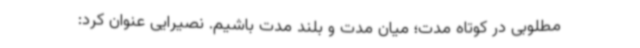
مطلوبی در کوتاه مدت؛ میان مدت و بلند مدت باشیم. نصیرایی عنوان کرد: